Rangoon Lunatic Asylum 1898-1906 - 1898-1906
Year: 1898
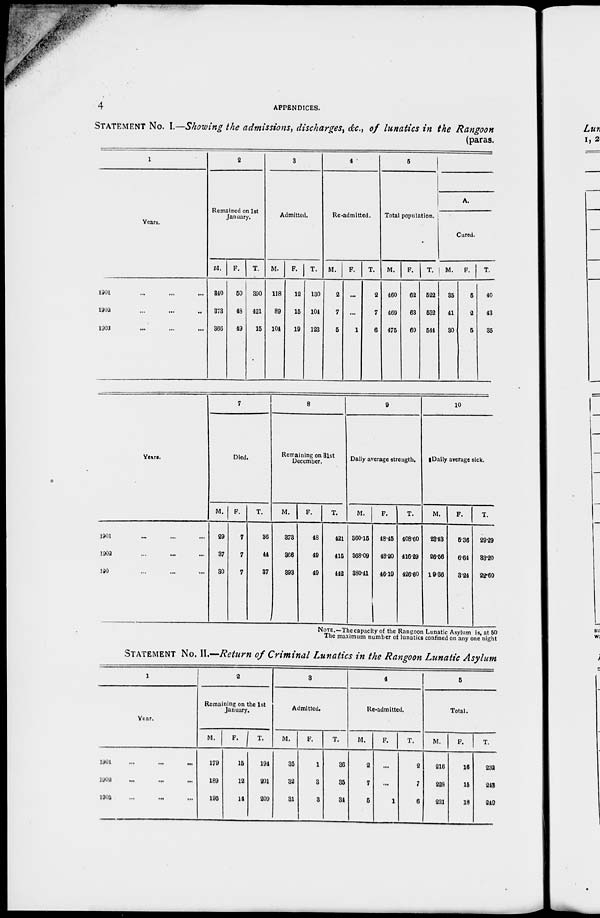
4
APPENDICES.
STATEMENT No. 1. Showing the admissions, discharges, &c., of lunatics in the Rangoon
(paras.
1
Years.
1901 ... ... ...
1902 ... ... ...
1903 ... ... ...
2
Remained on 1st
January.
M.
840
373
366
F.
50
18
19
T.
390
121
15
3
Admitted.
M.
118
89
104
F.
12
15
19
T.
130
104
123
4
Re-admitted.
M.
2
7
5
F.
...
...
1
T.
2
7
6
5
Total population.
M.
460
469
475
F.
62
63
69
T.
522
532
544
A.
Cured.
M.
35
11
30
F.
5
2
5
T.
40
43
35
Years.
1901 ... ... ...
1902 ... ... ...
1903 ... ... ...
7
Died.
M.
29
37
30
F.
7
7
7
T.
36
44
37
8
Remaining on 31st
December.
M.
373
366
393
F.
48
49
49
T.
421
415
442
9
Daily average strength.
M.
360.15
368.09
380.41
F.
48.45
48.20
46.19
T.
408.60
416.29
426.60
10
Daily average sick.
M.
23.43
26.56
19.36
F.
5.36
6.64
3.24
T.
29.29
33.20
22.60
NOTE.—The capacity of the Rangoon Lunatic Asylum is, at 60
The maximum number of lunatics confined on any one night
STATEMENT No. II.—Return of Criminal Lunatics in the Rangoon Lunatic Asylum
1
Year.
1901 ... ... ...
1902 ... ... ...
1903 ... ... ...
2
Remaining on the 1st
January.
M.
179
189
195
F.
15
12
14
T.
194
201
209
3
Admitted.
M.
35
32
31
F.
1
3
3
T.
36
35
31
4
Re-admitted.
M.
2
7
5
F.
...
...
1
T.
2
7
6
5
Total.
M.
216
228
231
F.
16
15
18
T.
232
243
249